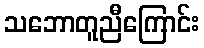
သဘောတူညီကြောင်း